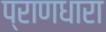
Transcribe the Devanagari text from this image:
प्राणधारा